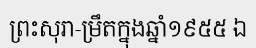
ព្រះសុរា-ម្រឹតក្នុងឆ្នាំ១៩៥៥ ឯ